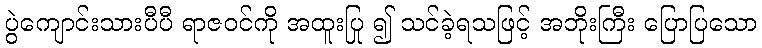
ပွဲကျောင်းသားပီပီ ရာဇဝင်ကို အထူးပြု ၍ သင်ခဲ့ရသဖြင့် အဘိုးကြီး ပြောပြသော